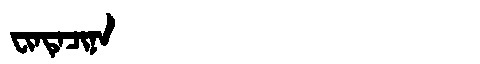
Manchu: ᠸᡳᠨᡨᡝᠴᡳᠨᠠ
Romanization: FINTECINA